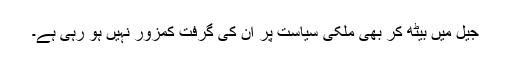
جیل میں بیٹھ کر بھی ملکی سیاست پر ان کی گرفت کمزور نہیں ہو رہی ہے۔